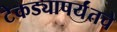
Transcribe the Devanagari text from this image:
टेकड्यापर्यंतचे